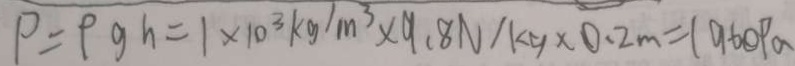
P = P g h = 1 \times 1 0 ^ { 3 } k g / m ^ { 3 } \times 9 . 8 N / k g \times 0 . 2 m = 1 9 6 0 P a